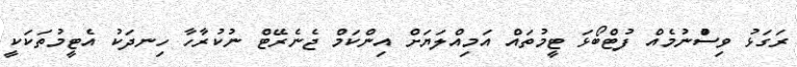
ރަގަޅު ވިސްުނުމެއް ފުޓްބޯޅަ ޓީމުތައް އަމިއްލަޔަށް އިންކަމް ޖެނެރޭޓް ނުކުރާހާ ހިނދަކު އެޓީމުތަކަކީ